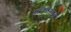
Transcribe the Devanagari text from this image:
परिश्रमयुक्त